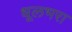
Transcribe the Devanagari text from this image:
धूलभरा